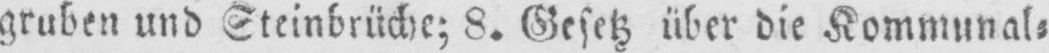
gruben und Steinbrüche; 8. Gesetz über die Kommunal⸗